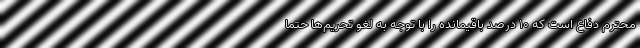
محترم دفاع است که ۱۰ درصد باقیمانده را با توجه به لغو تحریم‌ها حتما